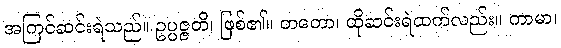
အကြင်ဆင်းရဲသည်။ ဥပ္ပဇ္ဇတိ၊ ဖြစ်၏။ တတော၊ ထိုဆင်းရဲထက်လည်း။ ကာမာ၊